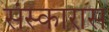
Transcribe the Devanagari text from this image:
संस्कारास